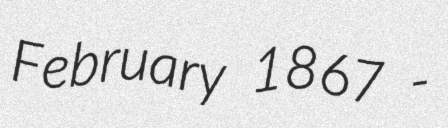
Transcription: February 1867 -